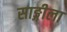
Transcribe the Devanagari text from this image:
साङ्गीला